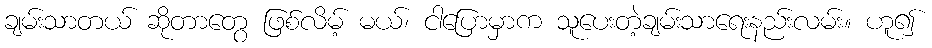
ချမ်းသာတယ် ဆိုတာတွေ ဖြစ်လိမ့် မယ်၊ ငါပြောမှာက သူပေးတဲ့ချမ်းသာရေးနည်းလမ်း။ ဟူ၍